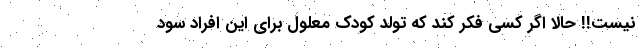
نیست!! حالا اگر کسی فکر کند که تولد کودک معلول برای این افراد سود